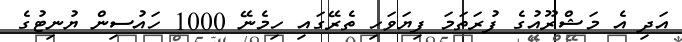
އަދި އެ މަޝްރޫއުގެ ފުރަތަމަ ފިޔަވަހި ތެރޭގައި ހިމެނޭ 1000 ހައުސިން ޔުނިޓުގެ